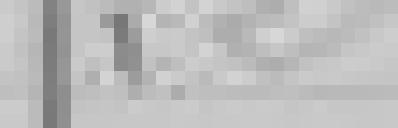
22.